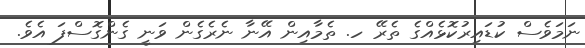
ނަމަވެސް ކުޑައިރުކޮޅެއްގެ ތެރޭ ހ. ތެމާއިން އޭނާ ނެރެގެން ވަނީ ގެންގޮސްފަ އެވެ.